Vaccination in the Punjab 1919-1929 - 1919-1929
Year: 1919
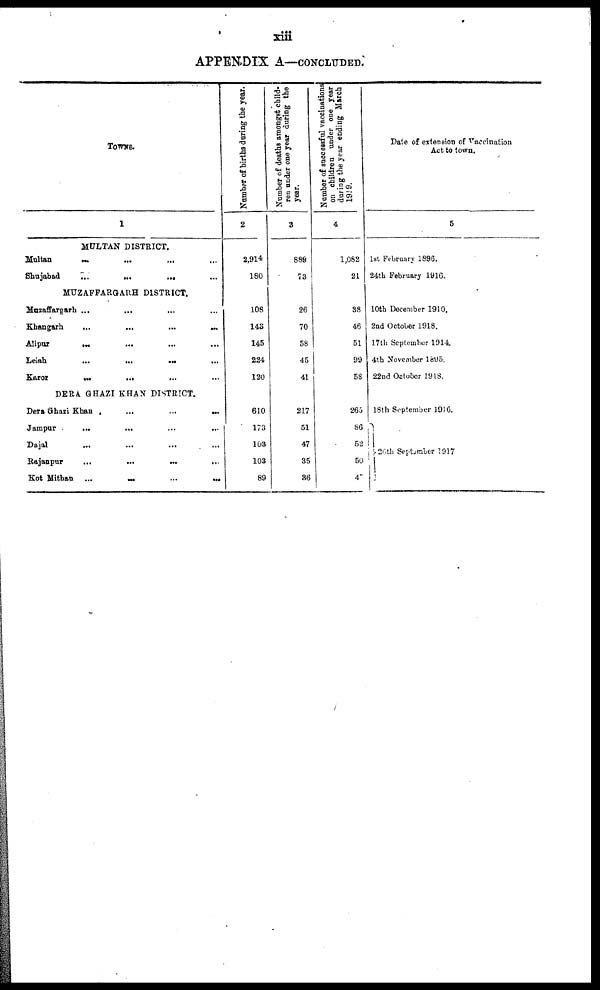
xiii
APPENDIX A—CONCLUDED.
TOWNS.
1
MULTAN DISTRICT.
Multan
...
...
...
...
Shujabad
...
...
...
...
MUZAFFARGARH DISTRICT.
Muzaffargarh ... ... ... ...
Khangarh
...
...
...
...
Alipur ... ... ... ...
Leiah
...
...
...
...
Karor
...
...
...
...
DERA GHAZI KHAN DISTRICT.
Dera Ghazi Khan
...
...
...
...
Jampur
...
...
...
...
Dajal
...
...
...
...
Rajanpur
...
...
...
...
Kot
Mithan
...
...
...
...
Number of births during the year.
2
2,914
180
108
143
145
224
120
610
173
103
103
89
Number of deaths amongst child-
ren under one year during the
year.
3
889
73
26
70
58
45
41
217
51
47
35
36
Number of successful vaccinations
on children under one year
during the year ending March
1919.
4
1,082
21
38
46
51
99
58
265
86
52
50
47
Date of extension of Vaccination
Act to town.
5
1st February 1896.
24th February 1916.
10th December 1910.
2nd October 1918.
17th September 1914
4th November 1895.
22nd October 1918.
18th September 1916.
26t h September 1917